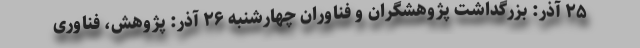
۲۵ آذر: بزرگداشت پژوهشگران و فناوران چهارشنبه ۲۶ آذر: پژوهش، فناوری